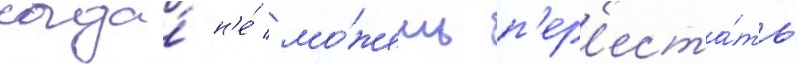
когда́ н'е́ мо́жешь п'ер'еста́ть